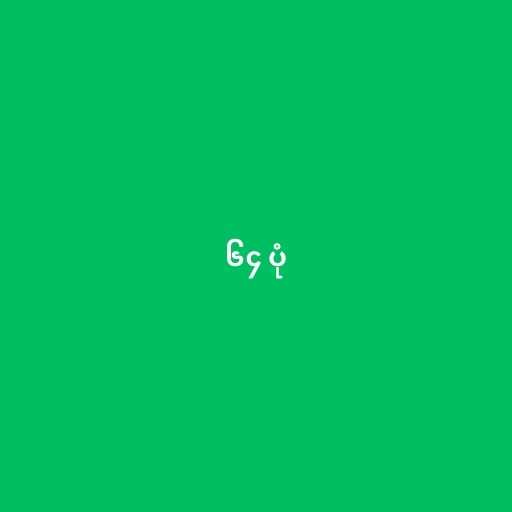
၆၄ ပုံ